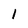
Character: I